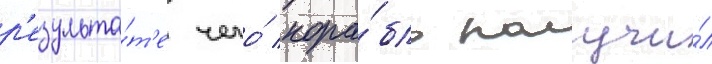
р'езульта́т'е чего́ кора́бль получи́л